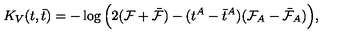
K _ { V } ( t , \bar { t } ) = - \log \Big ( 2 ( { \cal F } + \bar { \cal F } ) - ( t ^ { A } - \bar { t } ^ { A } ) ( { \cal F } _ { A } - \bar { \cal F } _ { A } ) \Big ) ,